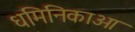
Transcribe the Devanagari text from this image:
धमिनिकाओ